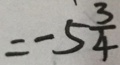
= - 5 \frac { 3 } { 4 }